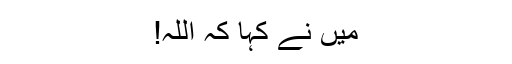
میں نے کہا کہ اللہ!